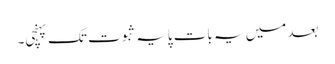
بعد میں یہ بات پایہ ثبوت تک پہنچی۔